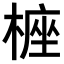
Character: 𣖵